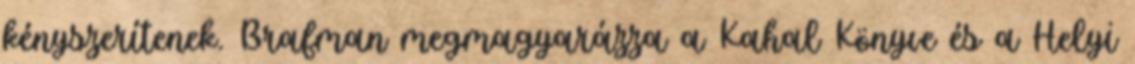
kényszerítenek. Brafman megmagyarázza a Kahal Könyve és a Helyi